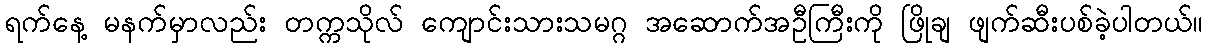
ရက်နေ့ မနက်မှာလည်း တက္ကသိုလ် ကျောင်းသားသမဂ္ဂ အဆောက်အဦကြီးကို ဖြိုချ ဖျက်ဆီးပစ်ခဲ့ပါတယ်။